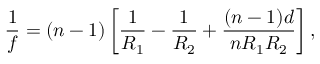
{ \frac { 1 } { f } } = ( n - 1 ) \left[ { \frac { 1 } { R _ { 1 } } } - { \frac { 1 } { R _ { 2 } } } + { \frac { ( n - 1 ) d } { n R _ { 1 } R _ { 2 } } } \right] ,